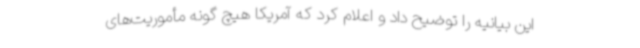
این بیانیه را توضیح داد و اعلام کرد که آمریکا هیچ گونه مأموریت‌های